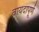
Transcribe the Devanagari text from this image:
वायदापूर्ण